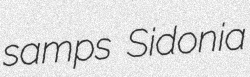
samps Sidonia